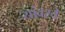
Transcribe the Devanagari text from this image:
यांवरचे